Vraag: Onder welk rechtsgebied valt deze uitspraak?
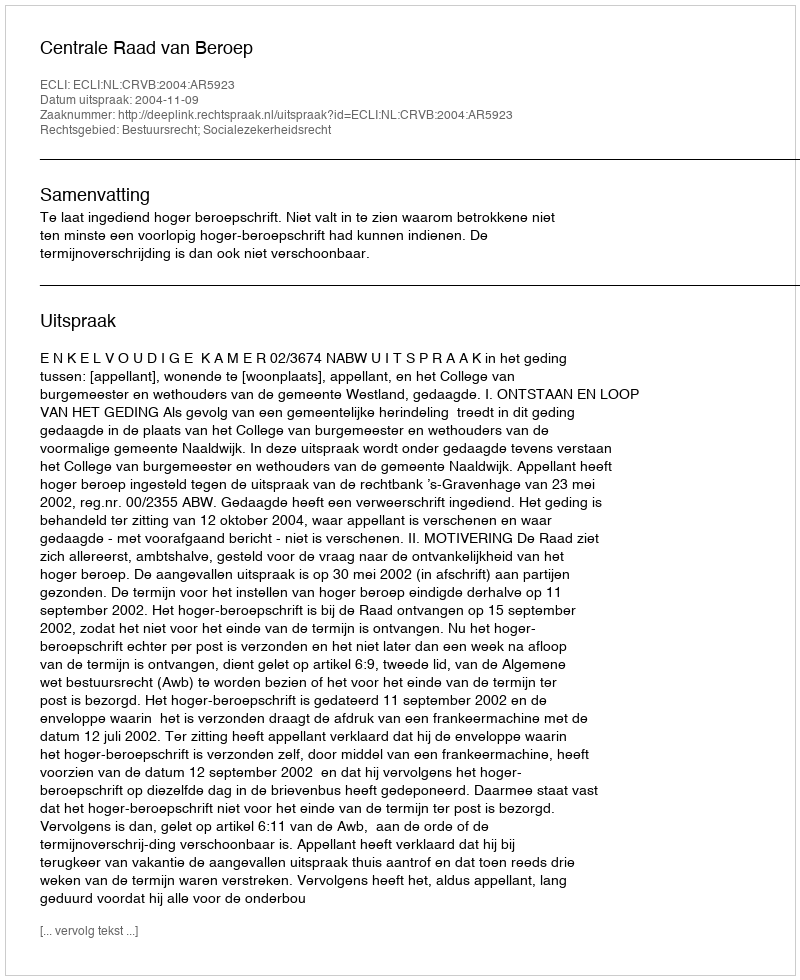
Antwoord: Bestuursrecht; Socialezekerheidsrecht